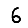
Digit: 6